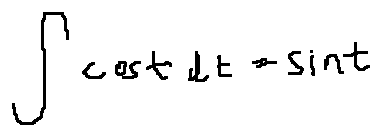
\int \cos t d t = \sin t